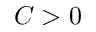
C > 0